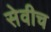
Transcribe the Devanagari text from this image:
सेवीच